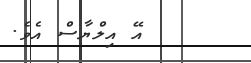
އޭ އިލްޔާސް އެވެ.